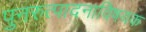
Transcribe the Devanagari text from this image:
पुनरुत्पादनाविषयक